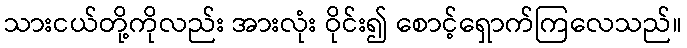
သားငယ်တို့ကိုလည်း အားလုံး ဝိုင်း၍ စောင့်ရှောက်ကြလေသည်။